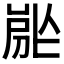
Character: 𡲡